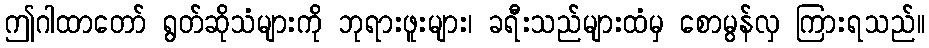
ဤဂါထာတော် ရွတ်ဆိုသံများကို ဘုရားဖူးများ၊ ခရီးသည်များထံမှ စောမွန်လှ ကြားရသည်။